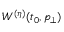
{ W ^ { ( \eta ) } ( t _ { 0 } , p _ { \bot } ) }